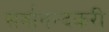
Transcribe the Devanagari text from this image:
सर्वानन्दकरी